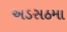
અડસઠમા